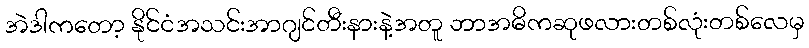
အဲဒါကတော့ နိုင်ငံအသင်းအာဂျင်တီးနားနဲ့အတူ ဘာအဓိကဆုဖလားတစ်လုံးတစ်လေမှ